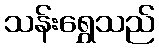
သန်းရွှေသည်